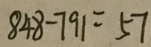
8 4 8 - 7 9 1 = 5 7